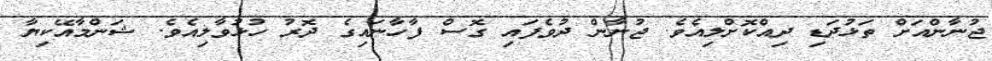
ޖުނާންއަށް ތަޅުދަޑި ދިއްކޮށްލިއެވެ. ޖުނާން ދުވެފައި ގޮސް ފާހާނައިގެ ދޮރު ހުޅުވާލިއެވެ. ޝަންމާއޭކިޔާ